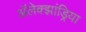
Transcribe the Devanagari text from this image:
अॅलेक्झांड्रिया